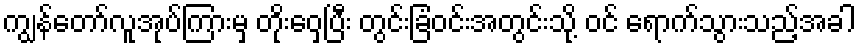
ကျွန်တော်လူအုပ်ကြားမှ တိုးဝှေ့ပြီး တွင်းခြံဝင်းအတွင်းသို့ ဝင် ရောက်သွားသည့်အခါ